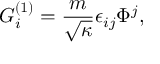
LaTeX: G _ { i } ^ { ( 1 ) } = \frac { m } { \sqrt { \kappa } } \epsilon _ { i j } \Phi ^ { j } ,